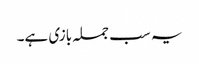
یہ سب جملہ بازی ہے۔